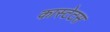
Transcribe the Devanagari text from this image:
कास्टेटस